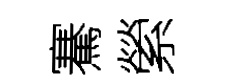
騫縈